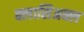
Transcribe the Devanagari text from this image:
क्लासिअक्ल